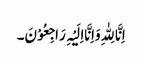
اِنَّا لِلّٰہِ وَاِنَّااِلَیْہِ رَاجِعُوْنَ۔